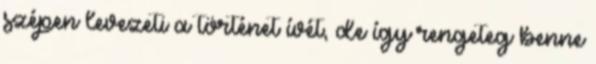
szépen levezeti a történet ívét, de így rengeteg benne